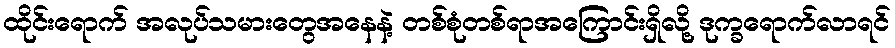
ထိုင်းရောက် အလုပ်သမားတွေအနေနဲ့ တစ်စုံတစ်ရာအကြောင်းရှိလို့ ဒုက္ခရောက်လာရင်